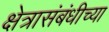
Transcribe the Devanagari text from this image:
क्षेत्रासंबंधीच्या